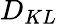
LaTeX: D_{KL}